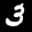
Label: 3